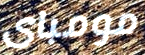
مومباى